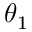
\theta _ { 1 }